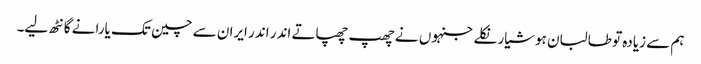
ہم سے زیادہ تو طالبان ہوشیار نکلے جنہوں نے چھپ چھپاتے اندر اندر ایران سے چین تک یارانے گانٹھ لیے۔